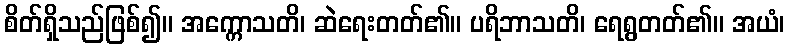
စိတ်ရှိသည်ဖြစ်၍။ အက္ကောသတိ၊ ဆဲရေးတတ်၏။ ပရိဘာသတိ၊ ရေရွတတ်၏။ အယံ၊